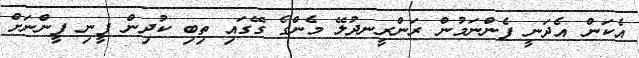
އެކަން އެދަނީ ފެންނަމުން ރަންރީނދުލޭ މެންގެ ގޭގައި ތިބި ކުދިން ފީނި ފީންނަށް